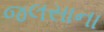
જલસાના